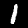
Label: 1